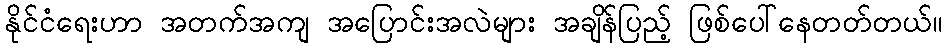
နိုင်ငံရေးဟာ အတက်အကျ အပြောင်းအလဲများ အချိန်ပြည့် ဖြစ်ပေါ်နေတတ်တယ်။